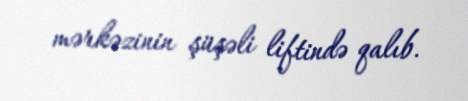
mərkəzinin şüşəli liftində qalıb.